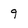
Character: 9